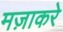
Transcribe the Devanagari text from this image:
मज़ाकरे